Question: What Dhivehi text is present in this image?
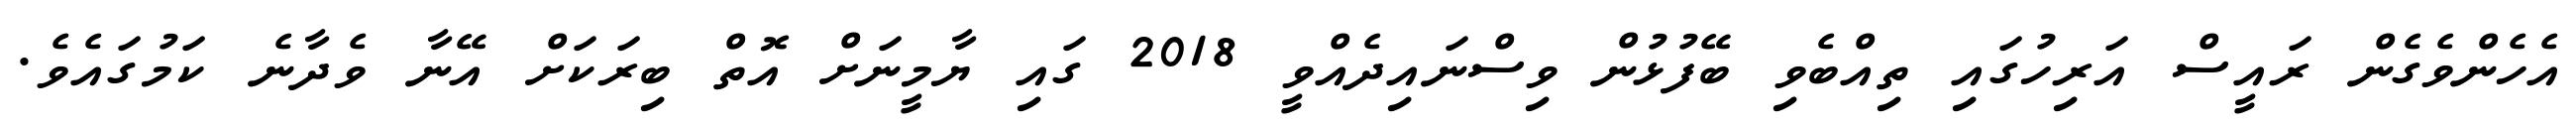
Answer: އެހެންވެގެން ރައީސް އަރިހުގައި ތިއްބެވި ބޭފުޅުން ވިސްނައިދެއްވީ 2018 ގައި ޔާމީނަށް އޮތް ބިރަކަށް އޭނާ ވެދާނެ ކަމުގައެވެ.